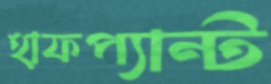
হাফপ্যান্ট